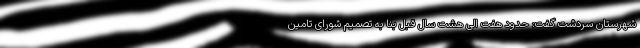
شهرستان سردشت گفت: حدود هفت الی هشت سال قبل بنا به تصمیم شورای تامین